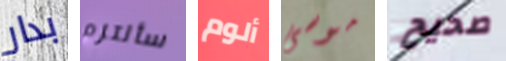
بدار سألتزم ألوم موسى صحيح